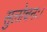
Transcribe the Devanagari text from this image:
सुलोचनः।